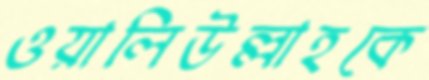
ওয়ালিউল্লাহকে